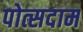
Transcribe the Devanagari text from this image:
पोत्सदाम